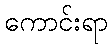
ကောင်းရာ